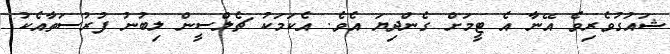
ޝައުގުވެރިވެ އޭނާ އެ ޓީމަށް ގެންދިޔަ އެވެ. އެކަމަކު ޗެލްސީން ލިބުނު ފުރުސަތާއެކު